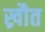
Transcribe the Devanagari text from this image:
ख्रौत